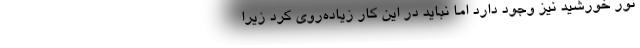
نور خورشید نیز وجود دارد اما نباید در این کار زیاده‌روی کرد زیرا